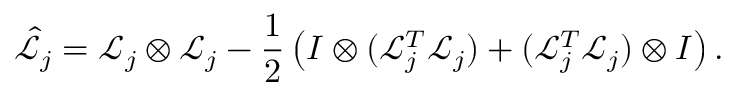
\hat { \mathcal { L } } _ { j } = \mathcal { L } _ { j } \otimes \mathcal { L } _ { j } - \frac { 1 } { 2 } \left( I \otimes ( \mathcal { L } _ { j } ^ { T } \mathcal { L } _ { j } ) + ( \mathcal { L } _ { j } ^ { T } \mathcal { L } _ { j } ) \otimes I \right) .